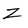
Character: Z